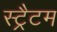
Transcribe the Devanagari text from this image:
स्ट्रैटम